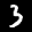
Label: 3